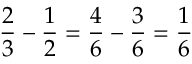
{ \frac { 2 } { 3 } } - { \frac { 1 } { 2 } } = { \frac { 4 } { 6 } } - { \frac { 3 } { 6 } } = { \frac { 1 } { 6 } }